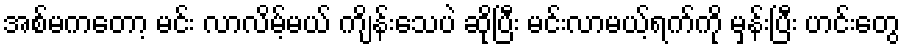
အစ်မကတော့ မင်း လာလိမ့်မယ် ကျိန်းသေပဲ ဆိုပြီး မင်းလာမယ့်ရက်ကို မှန်းပြီး ဟင်းတွေ